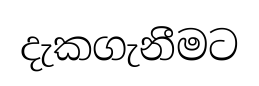
දැකගැනීමට